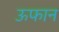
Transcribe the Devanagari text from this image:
ऊफान